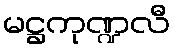
မဋ္ဌကုဏ္ဍလီ